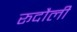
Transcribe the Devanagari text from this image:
रूदौली